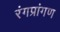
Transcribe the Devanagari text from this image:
रंगप्रांगण